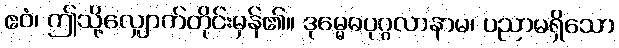
ဧဝံ၊ ဤသို့လျှောက်တိုင်းမှန်၏။ ဒုမ္မေဓပုဂ္ဂလာနာမ၊ ပညာမရှိသော